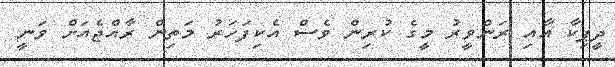
ދީޕިކާ އާއި ރަންވީރު މީގެ ކުރިން ވެސް އެކިފަހަރު މަތިން ރާއްޖެއަށް ވަނީ